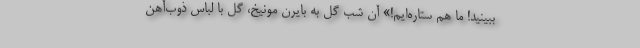
ببینید! ما هم ستاره‌ایم!» آن شب گل به بایرن مونیخ، گل با لباس ذوب‌آهن